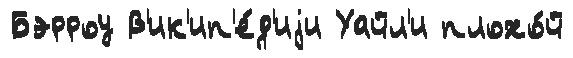
Бэрроу В'ик'ип'е́д'иjи Уайл'и плохо́й